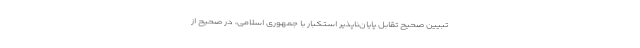
تبیین صحیح تقابل پایان‌ناپذیر استکبار با جمهوری اسلامی، در صحیح از